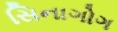
સિનાગોગ